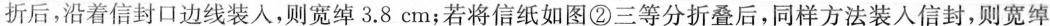
折后，沿着信封口边线装人，则宽绰3.8cm；若将信纸如图②三等分折叠后，同样方法装入信封，则宽绰